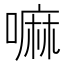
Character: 嘛